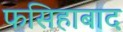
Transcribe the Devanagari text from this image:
फसिहाबाद